Code of medical and sanitary regulations for the guidance of medical officers serving in the Madras Presidency - Volume I
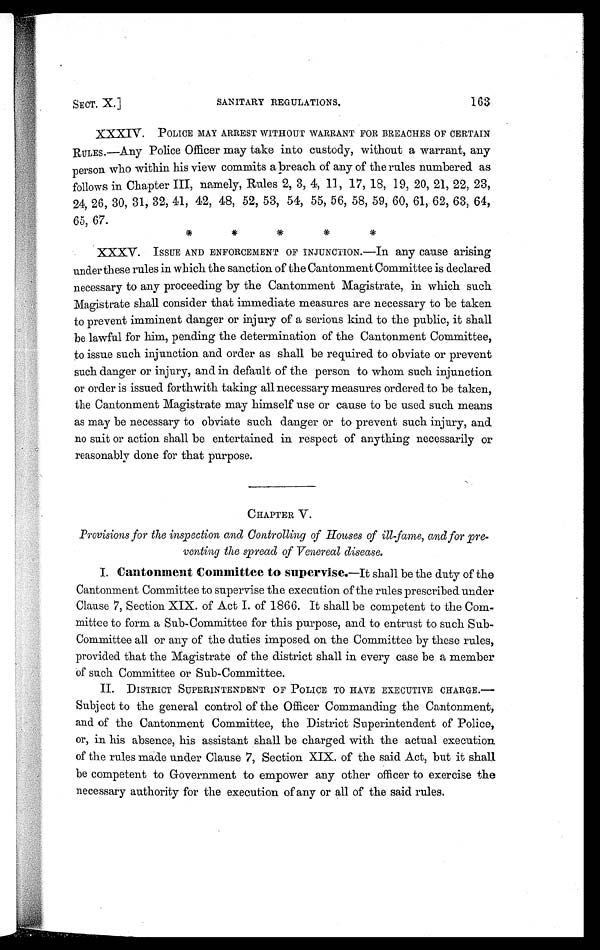
SECT. X.]
SANITARY REGULATIONS.
163
XXXIV.
POLICE MAY ARREST WITHOUT WARRANT FOR BREACHES OF CERTAIN
RULES.—Any Police Officer may take into custody, without a warrant, any
person who within his view commits a breach of any of the rules numbered as
follows in Chapter III, namely, Rules 2, 3, 4, 11, 17, 18, 19, 20, 21, 22, 23,
24, 26, 30, 31, 32, 41, 42, 48, 52, 53, 54, 55, 56, 58, 59, 60, 61, 62, 63, 64,
65, 67.
* * * * *
XXXV.
ISSUE AND ENFORCEMENT OF INJUNCTION.—In any cause arising
under these rules in which the sanction of the Cantonment Committee is declared
necessary to any proceeding by the Cantonment Magistrate, in which such
Magistrate shall consider that immediate measures are necessary to be taken
to prevent imminent danger or injury of a serious kind to the public, it shall
be lawful for him, pending the determination of the Cantonment Committee,
to issue such injunction and order as shall be required to obviate or prevent
such danger or injury, and in default of the person to whom such injunction
or order is issued forthwith taking all necessary measures ordered to be taken,
the Cantonment Magistrate may himself use or cause to be used such means
as may be necessary to obviate such danger or to prevent such injury, and
no suit or action shall be entertained in respect of anything necessarily or
reasonably done for that purpose.
CHAPTER V.
Provisions for the inspection and Controlling of Houses of ill-fame, and for pre-
venting the spread of Venereal disease.
I. Cantonment Committee to supervise. -It shall be the duty of the
Cantonment Committee to supervise the execution of the rules prescribed under
Clause 7, Section XIX. of Act I. of 1866. It shall be competent to the Com-
mittee to form a Sub-Committee for this purpose, and to entrust to such Sub-
Committee all or any of the duties imposed on the Committee by these rules,
provided that the Magistrate of the district shall in every case be a member
of such Committee or Sub-Committee.
II.
DISTRICT SUPERINTENDENT OF POLICE TO HAVE EXECUTIVE CHARGE.
—Subject to the general control of the Officer Commanding the Cantonment,
and of the Cantonment Committee, the District Superintendent of Police,
or, in his absence, his assistant shall be charged with the actual execution
of the rules made under Clause 7, Section XIX. of the said Act, but it shall
be competent to Government to empower any other officer to exercise the
necessary authority for the execution of any or all of the said rules.